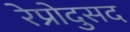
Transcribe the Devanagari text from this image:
रेप्रोदुसद